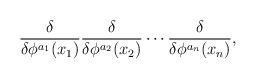
LaTeX: \begin{align*}{\delta\over\delta\phi^{a_1}(x_1)}{\delta\over\delta\phi^{a_2}(x_2)}\cdots {\delta\over\delta\phi^{a_n}(x_n)},\end{align*}